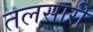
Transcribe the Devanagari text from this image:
तलसारी